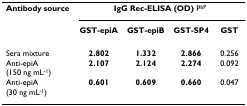
<table><thead><tr><td><b>Antibody source</b></td><td colspan="4"><b>IgG Rec-ELISA (OD) P<sup>bP</sup></b></td></tr><tr><td></td><td><b>GST-epiA</b></td><td><b>GST-epiB</b></td><td><b>GST-SP4</b></td><td><b>GST</b></td></tr></thead><tbody><tr><td>Sera mixture</td><td><b>2.802</b></td><td><b>1.332</b></td><td><b>2.866</b></td><td>0.256</td></tr><tr><td>Anti-epiA (150 ng mL<sup>-1</sup>)</td><td><b>2.107</b></td><td><b>2.124</b></td><td><b>2.274</b></td><td>0.092</td></tr><tr><td>Anti-epiA (30 ng mL<sup>-1</sup>)</td><td><b>0.601</b></td><td><b>0.609</b></td><td><b>0.660</b></td><td>0.047</td></tr></tbody></table>